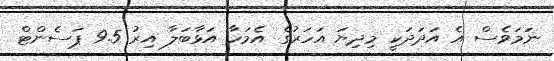
ނަމަވެސް އެ އަދަދަކީ މިދިޔަ އަހަރުގެ އެމަހާ އަޅާބަލާ އިރު 9.5 ޕަސެންޓް